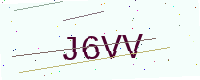
Text: J6VV